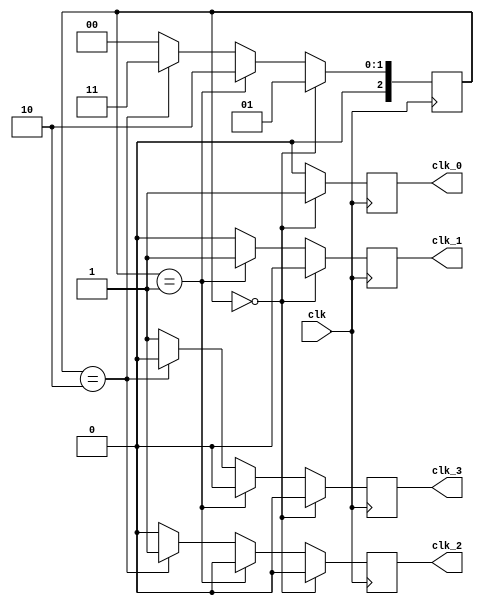
module multi_phase_clock_divider (
    input wire clk,
    output wire clk_0,
    output wire clk_1,
    output wire clk_2,
    output wire clk_3
);

reg [2:0] count;

always @ (posedge clk) begin
    if (count == 3'b0) begin
        count <= 3'b1;
        clk_0 <= 1'b1;
        clk_1 <= 1'b0;
        clk_2 <= 1'b0;
        clk_3 <= 1'b0;
    end else if (count == 3'b1) begin
        count <= 3'b10;
        clk_0 <= 1'b0;
        clk_1 <= 1'b1;
        clk_2 <= 1'b0;
        clk_3 <= 1'b0;
    end else if (count == 3'b10) begin
        count <= 3'b11;
        clk_0 <= 1'b0;
        clk_1 <= 1'b0;
        clk_2 <= 1'b1;
        clk_3 <= 1'b0;
    end else begin
        count <= 3'b0;
        clk_0 <= 1'b0;
        clk_1 <= 1'b0;
        clk_2 <= 1'b0;
        clk_3 <= 1'b1;
    end
end

endmodule